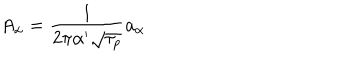
LaTeX: A _ { \alpha } = \frac { 1 } { 2 \pi \alpha ^ { \prime } \sqrt { \tau _ { p } } } a _ { \alpha }